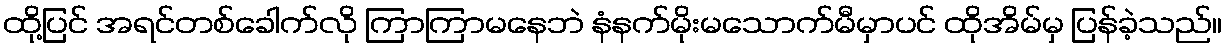
ထို့ပြင် အရင်တစ်ခေါက်လို ကြာကြာမနေဘဲ နံနက်မိုးမသောက်မီမှာပင် ထိုအိမ်မှ ပြန်ခဲ့သည်။